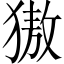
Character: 獓